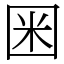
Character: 𡇒